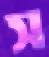
স